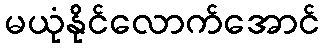
မယုံနိုင်လောက်အောင်